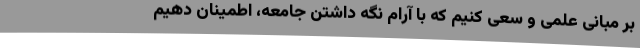
بر مبانی علمی و سعی کنیم که با آرام نگه داشتن جامعه، اطمینان دهیم